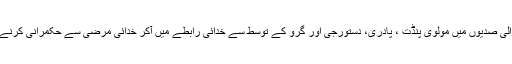
آنے والی صدیوں میں مولوی پنڈت ، پادری، دستورجی اور گرو کے توسط سے خدائی رابطے میں آکر خدائی مرضی سے حکمرانی کرنے لگے۔